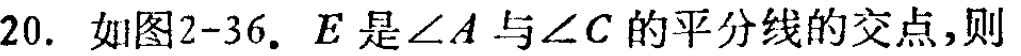
20. 如图2-36. \(E\)是\(\angle A\)与\(\angle C\)的平分线的交点,则